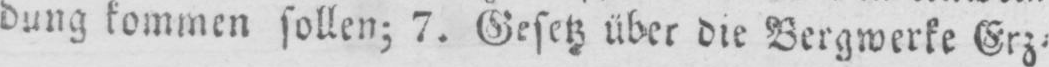
dung kommen sollen; 7. Gesetz über die Bergwerke Erz⸗